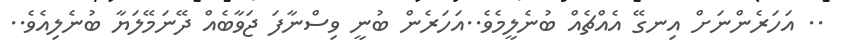
.. އަހަރެންނަށް އިނގޭ އެއްޗެއް ބުނެލީމެވެ..އަހަރެން ބުނީ ވިސްނާފަ ޖަވާބެއް ދޭނަމޭލަޔާ ބުނެލިއެވެ..